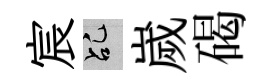
宸乩嵗碣